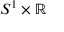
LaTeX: S ^ { 1 } \times \mathbb { R }